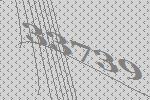
33739